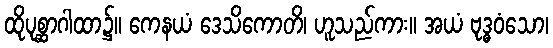
ထိုပုစ္ဆာဂါထာ၌။ ကေနယံ ဒေသိကောတိ၊ ဟူသည်ကား။ အယံ ဗုဒ္ဓဝံသော၊